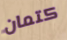
كتمان